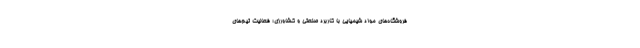
فروشگاه‌های مواد شیمیایی با کاربرد صنعتی و کشاورزی؛ فعالیت تیم‌های